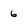
Character: 6